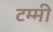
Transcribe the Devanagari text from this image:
टम्मी